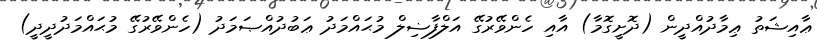
ޢާއިޝަތު ޢިމާދުއްދީން (ދޮށީގޮމާ) އާއި ހެންވޭރުގޭ އަލްފާޟިލް މުޙައްމަދު ޢަބުދުއްޞަމަދު (ހެންވޭރުގޭ މުޙައްމަދުދީދީ)